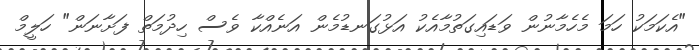
"އެކަމަކު ހަމަ މެހެމާނުން ވަޑައިގަތުމާއެކު އަޅުގަނޑުމެން އަނެއްކާ ވެސް ހިދުމަތް ފަށާނަން" ހަލީމް